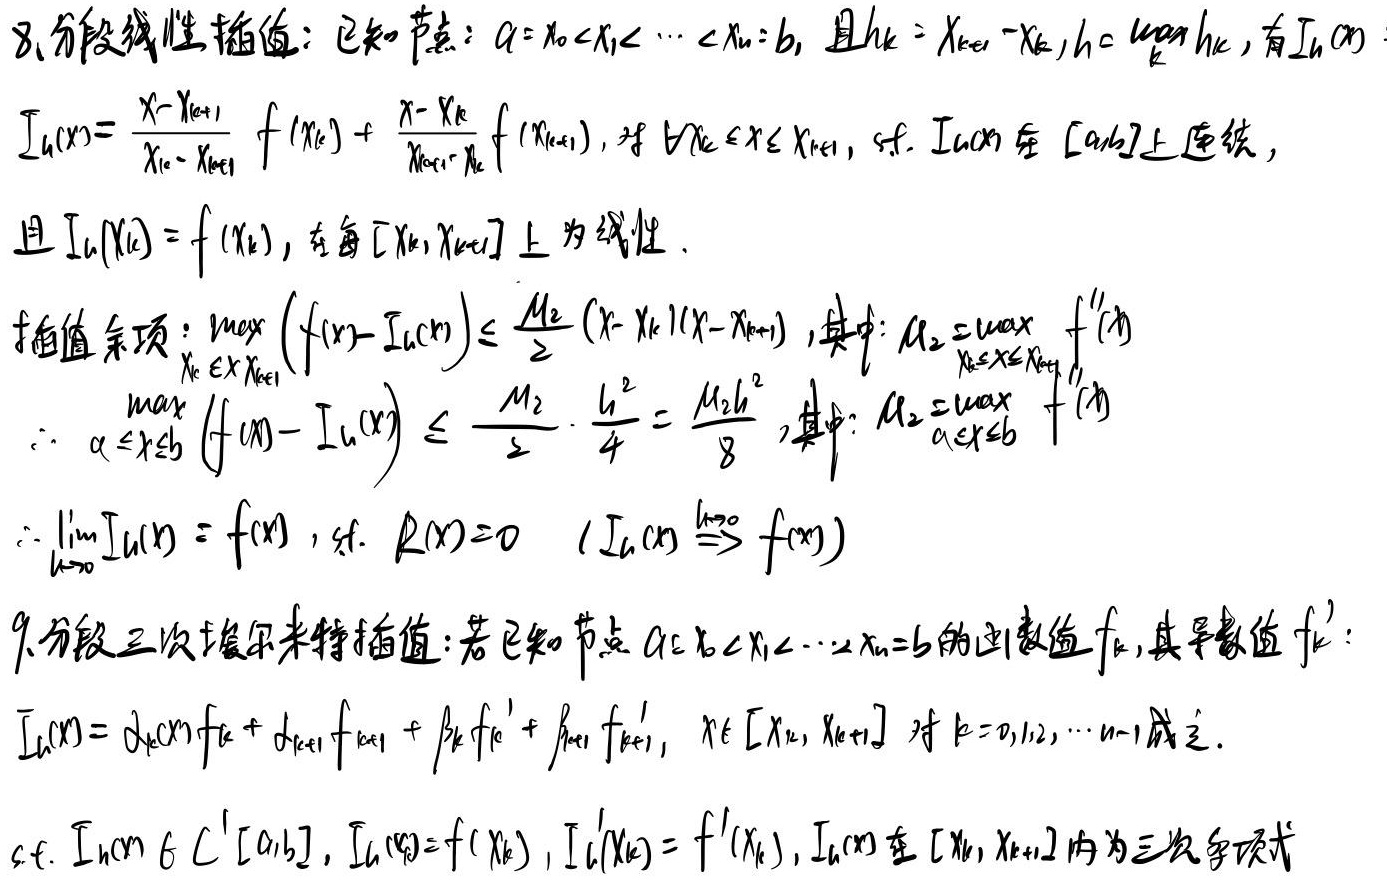
8. 分段线性插值：已知节点：\(a = x_0<x_1<\cdots<x_n = b\)，且\(h_k=x_{k + 1}-x_k\)，\(h=\max\limits_{k}h_k\)，有\(I_h(x)\)
\[
I_h(x)=\frac{x - x_{k+1}}{x_k - x_{k+1}}f(x_k)+\frac{x - x_k}{x_{k+1}-x_k}f(x_{k+1})\text{，对 }\forall x_k\leq x\leq x_{k + 1}
\]
使得\(I_h(x)\)在\([a,b]\)上连续，且\(I_h(x_k)=f(x_k)\)，在每\([x_k,x_{k+1}]\)上为线性。

插值余项：\(\max\limits_{x_k\leq x\leq x_{k+1}}(f(x)-I_h(x))\leq\frac{M_2}{2}(x - x_k)(x - x_{k+1})\)，其中：\(M_2=\max\limits_{x_k\leq x\leq x_{k+1}}|f^{\prime\prime}(x)|\)
\[
\begin{align*}
\max\limits_{a\leq x\leq b}(f(x)-I_h(x))&\leq\frac{M_2}{2}\cdot\frac{h^2}{4}=\frac{M_2h^2}{8}\text{，其中：}M_2=\max\limits_{a\leq x\leq b}|f^{\prime\prime}(x)|\\
\therefore\lim\limits_{h\rightarrow0}I_h(x)&=f(x)\text{，使得 }R(x)=0\ (I_h(x)\xrightarrow{h\rightarrow0}f(x))
\end{align*}
\]

9. 分段三次埃尔米特插值：若已知节点\(a = x_0<x_1<\cdots<x_n = b\)的函数值\(f_k\)，其导数值\(f_k^{\prime}\)：
\[
I_h(x)=\alpha_k(x)f_k+\alpha_{k + 1}(x)f_{k+1}+\beta_k(x)f_k^{\prime}+\beta_{k + 1}(x)f_{k+1}^{\prime},\ x\in[x_k,x_{k + 1}]\text{ 对 }k = 0,1,2,\cdots,n - 1\text{ 成立}
\]
使得\(I_h(x)\in C^1[a,b]\)，\(I_h(x_k)=f(x_k)\)，\(I_h^{\prime}(x_k)=f^{\prime}(x_k)\)，\(I_h(x)\)在\([x_k,x_{k + 1}]\)内为三次多项式